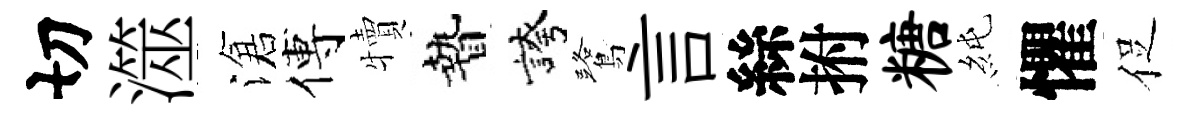
切澨滄傅犢贄誇鷺言絲拊糖純懼促